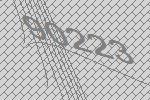
90223